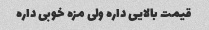
قیمت بالایی داره ولی مزه خوبی داره